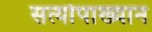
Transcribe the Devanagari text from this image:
सत्योपाख्यान